Indian Civil Veterinary Department memoirs
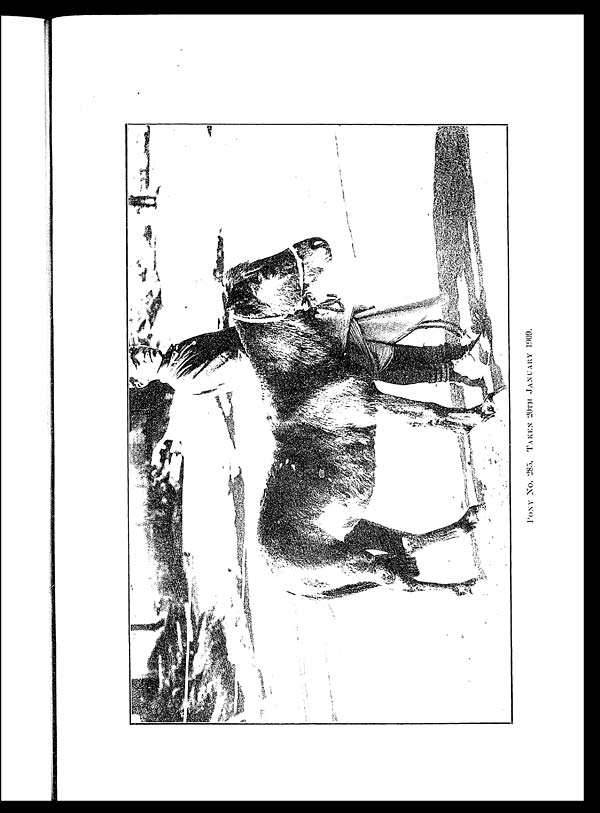
PONY
No. 285. TAKEN 20TH JANUARY 1909.